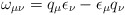
\begin{align*}\omega_{\mu \nu} = q_{\mu}\epsilon_{\nu}-\epsilon_{\mu}q_{\nu}\end{align*}